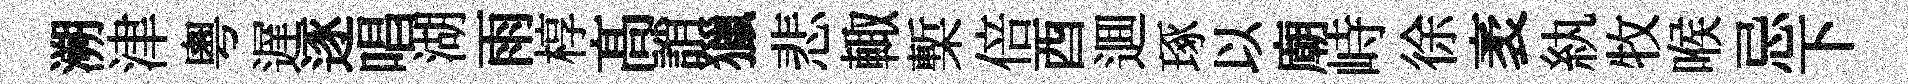
溯津粵遅逐唱湖雨椁髙誚獵悲輙槧倍酉逥琢以廟峙徐袤紈牧喉忌下